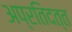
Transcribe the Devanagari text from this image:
अप्रतिदत्त